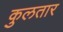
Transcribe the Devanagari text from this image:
कुलतार